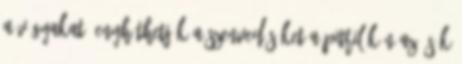
a vágyakat, enyhíthetjük a szenvedésüket a Pitrilókán az ősök